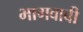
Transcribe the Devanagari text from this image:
भागवावी